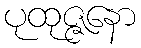
ပုထုဇ္ဇနော